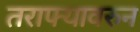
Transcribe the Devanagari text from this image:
तराफ्यावरुन